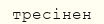
тресінен